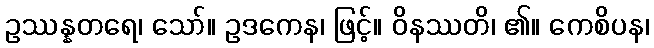
ဥဿန္နတရေ၊ သော်။ ဥဒကေန၊ ဖြင့်။ ဝိနဿတိ၊ ၏။ ကေစိပန၊